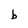
Character: b